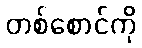
တစ်စောင်ကို